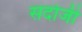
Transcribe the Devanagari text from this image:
सदोजी